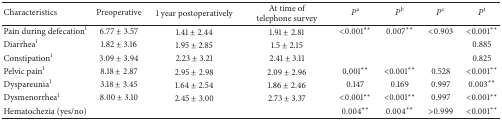
<table><thead><tr><td><b>Characteristics</b></td><td><b>Preoperative</b></td><td><b>1 year postoperatively</b></td><td><b>At time of telephone survey</b></td><td><b><i>P</i><sup>a</sup></b></td><td><b><i>P</i><sup>b</sup></b></td><td><b><i>P</i><sup>c</sup></b></td><td><b><i>P</i><sup>t</sup></b></td></tr></thead><tbody><tr><td>Pain during defecation<sup>1</sup></td><td>6.77 ± 3.57</td><td>1.41 ± 2.44</td><td>1.91 ± 2.81</td><td>&lt;0.001<sup>**</sup></td><td>0.007<sup>**</sup></td><td>&lt;0.903</td><td>&lt;0.001<sup>**</sup></td></tr><tr><td>Diarrhea<sup>1</sup></td><td>1.82 ± 3.16</td><td>1.95 ± 2.85</td><td>1.5 ± 2.15</td><td> </td><td> </td><td> </td><td>0.885</td></tr><tr><td>Constipation<sup>1</sup></td><td>3.09 ± 3.94</td><td>2.23 ± 3.21</td><td>2.41 ± 3.11</td><td> </td><td> </td><td> </td><td>0.825</td></tr><tr><td>Pelvic pain<sup>1</sup></td><td>8.18 ± 2.87</td><td>2.95 ± 2.98</td><td>2.09 ± 2.96</td><td>0.001<sup>**</sup></td><td>&lt;0.001<sup>**</sup></td><td>0.528</td><td>&lt;0.001<sup>**</sup></td></tr><tr><td>Dyspareunia<sup>1</sup></td><td>3.18 ± 3.45</td><td>1.64 ± 2.54</td><td>1.86 ± 2.46</td><td>0.147</td><td>0.169</td><td>0.997</td><td>0.003<sup>**</sup></td></tr><tr><td>Dysmenorrhea<sup>1</sup></td><td>8.00 ± 3.10</td><td>2.45 ± 3.00</td><td>2.73 ± 3.37</td><td>&lt;0.001<sup>**</sup></td><td>&lt;0.001<sup>**</sup></td><td>0.997</td><td>&lt;0.001<sup>**</sup></td></tr><tr><td>Hematochezia (yes/no)</td><td> </td><td> </td><td> </td><td>0.004<sup>**</sup></td><td>0.004<sup>**</sup></td><td>&gt;0.999</td><td>&lt;0.001<sup>**</sup></td></tr></tbody></table>